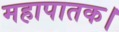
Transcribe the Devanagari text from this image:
महापातक।